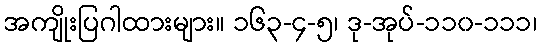
အကျိုးပြဂါထားများ။ ၁၆၃-၄-၅၊ ဒု-အုပ်-၁၁၀-၁၁၁၊